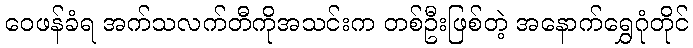
ဝေဖန်ခံရ အက်သလက်တီကိုအသင်းက တစ်ဦးဖြစ်တဲ့ အနောက်ရွှေဂုံတိုင်